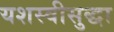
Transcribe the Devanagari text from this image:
यशस्वीसुद्धा